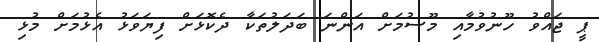
ޕީ ޖައްވު ހޫނުވުމާއި މޫސުމަށް އަންނަ ބަދަލުތަކާ ދެކޮޅަށް ފިޔަވަޅު އެޅުމަށް މުޅި